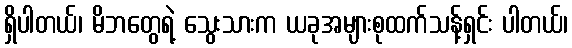
ရှိပါတယ်၊ မိဘတွေရဲ့ သွေးသားက ယခုအများစုထက်သန့်ရှင်း ပါတယ်၊